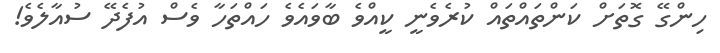
ހިންގޭ ގޮތަށް ކަންތައްތައް ކުރެވެނީ ކީއްވެ ބާވައެވެ ހައްތަހާ ވެސް އުފެދޭ ސުއާލެވެ!